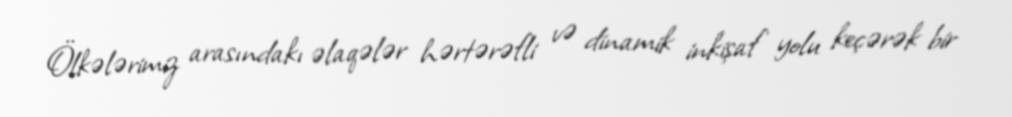
Ölkələrimiz arasındakı əlaqələr hərtərəfli və dinamik inkişaf yolu keçərək bir